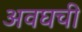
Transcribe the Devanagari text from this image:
अवघची